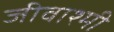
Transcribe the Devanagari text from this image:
जीवाश्मी